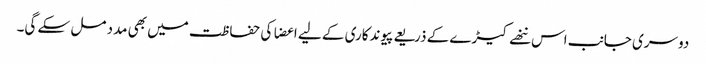
دوسری جانب اس ننھے کیڑے کے ذریعے پیوندکاری کے لیے اعضا کی حفاظت میں بھی مدد مل سکے گی۔